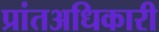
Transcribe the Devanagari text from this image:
प्रांतअधिकारी